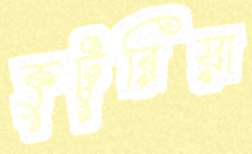
কুটুরিয়া